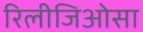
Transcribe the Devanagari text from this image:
रिलीजिओसा